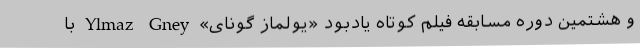
و هشتمين دوره مسابقه فيلم کوتاه يادبود «يولماز گونای» Ylmaz Gney با